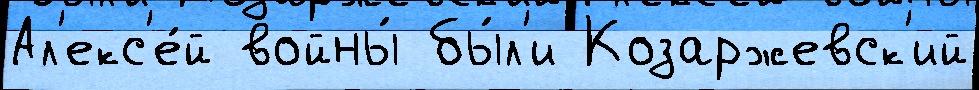
Ал'екс'е́й войны́ бы́л'и Козаржевск'ий